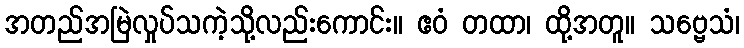
အတည်အမြဲလှုပ်သကဲ့သို့လည်းကောင်း။ ဧဝံ တထာ၊ ထို့အတူ။ သဗ္ဗေသံ၊